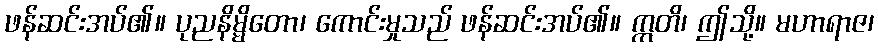
ဖန်ဆင်းအပ်၏။ ပုညနိမ္မိတော၊ ကောင်းမှုသည် ဖန်ဆင်းအပ်၏။ ဣတိ၊ ဤသို့။ မဟာရာဇ၊